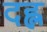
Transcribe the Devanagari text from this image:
दह्ल